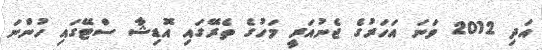
އަދި 2012 ވަނަ އަހަރުގެ ޖެނުއަރީ މަހުގެ ތެރޭގައި އޮޑިޝާ ސްޓޭގައި ހުންނަ